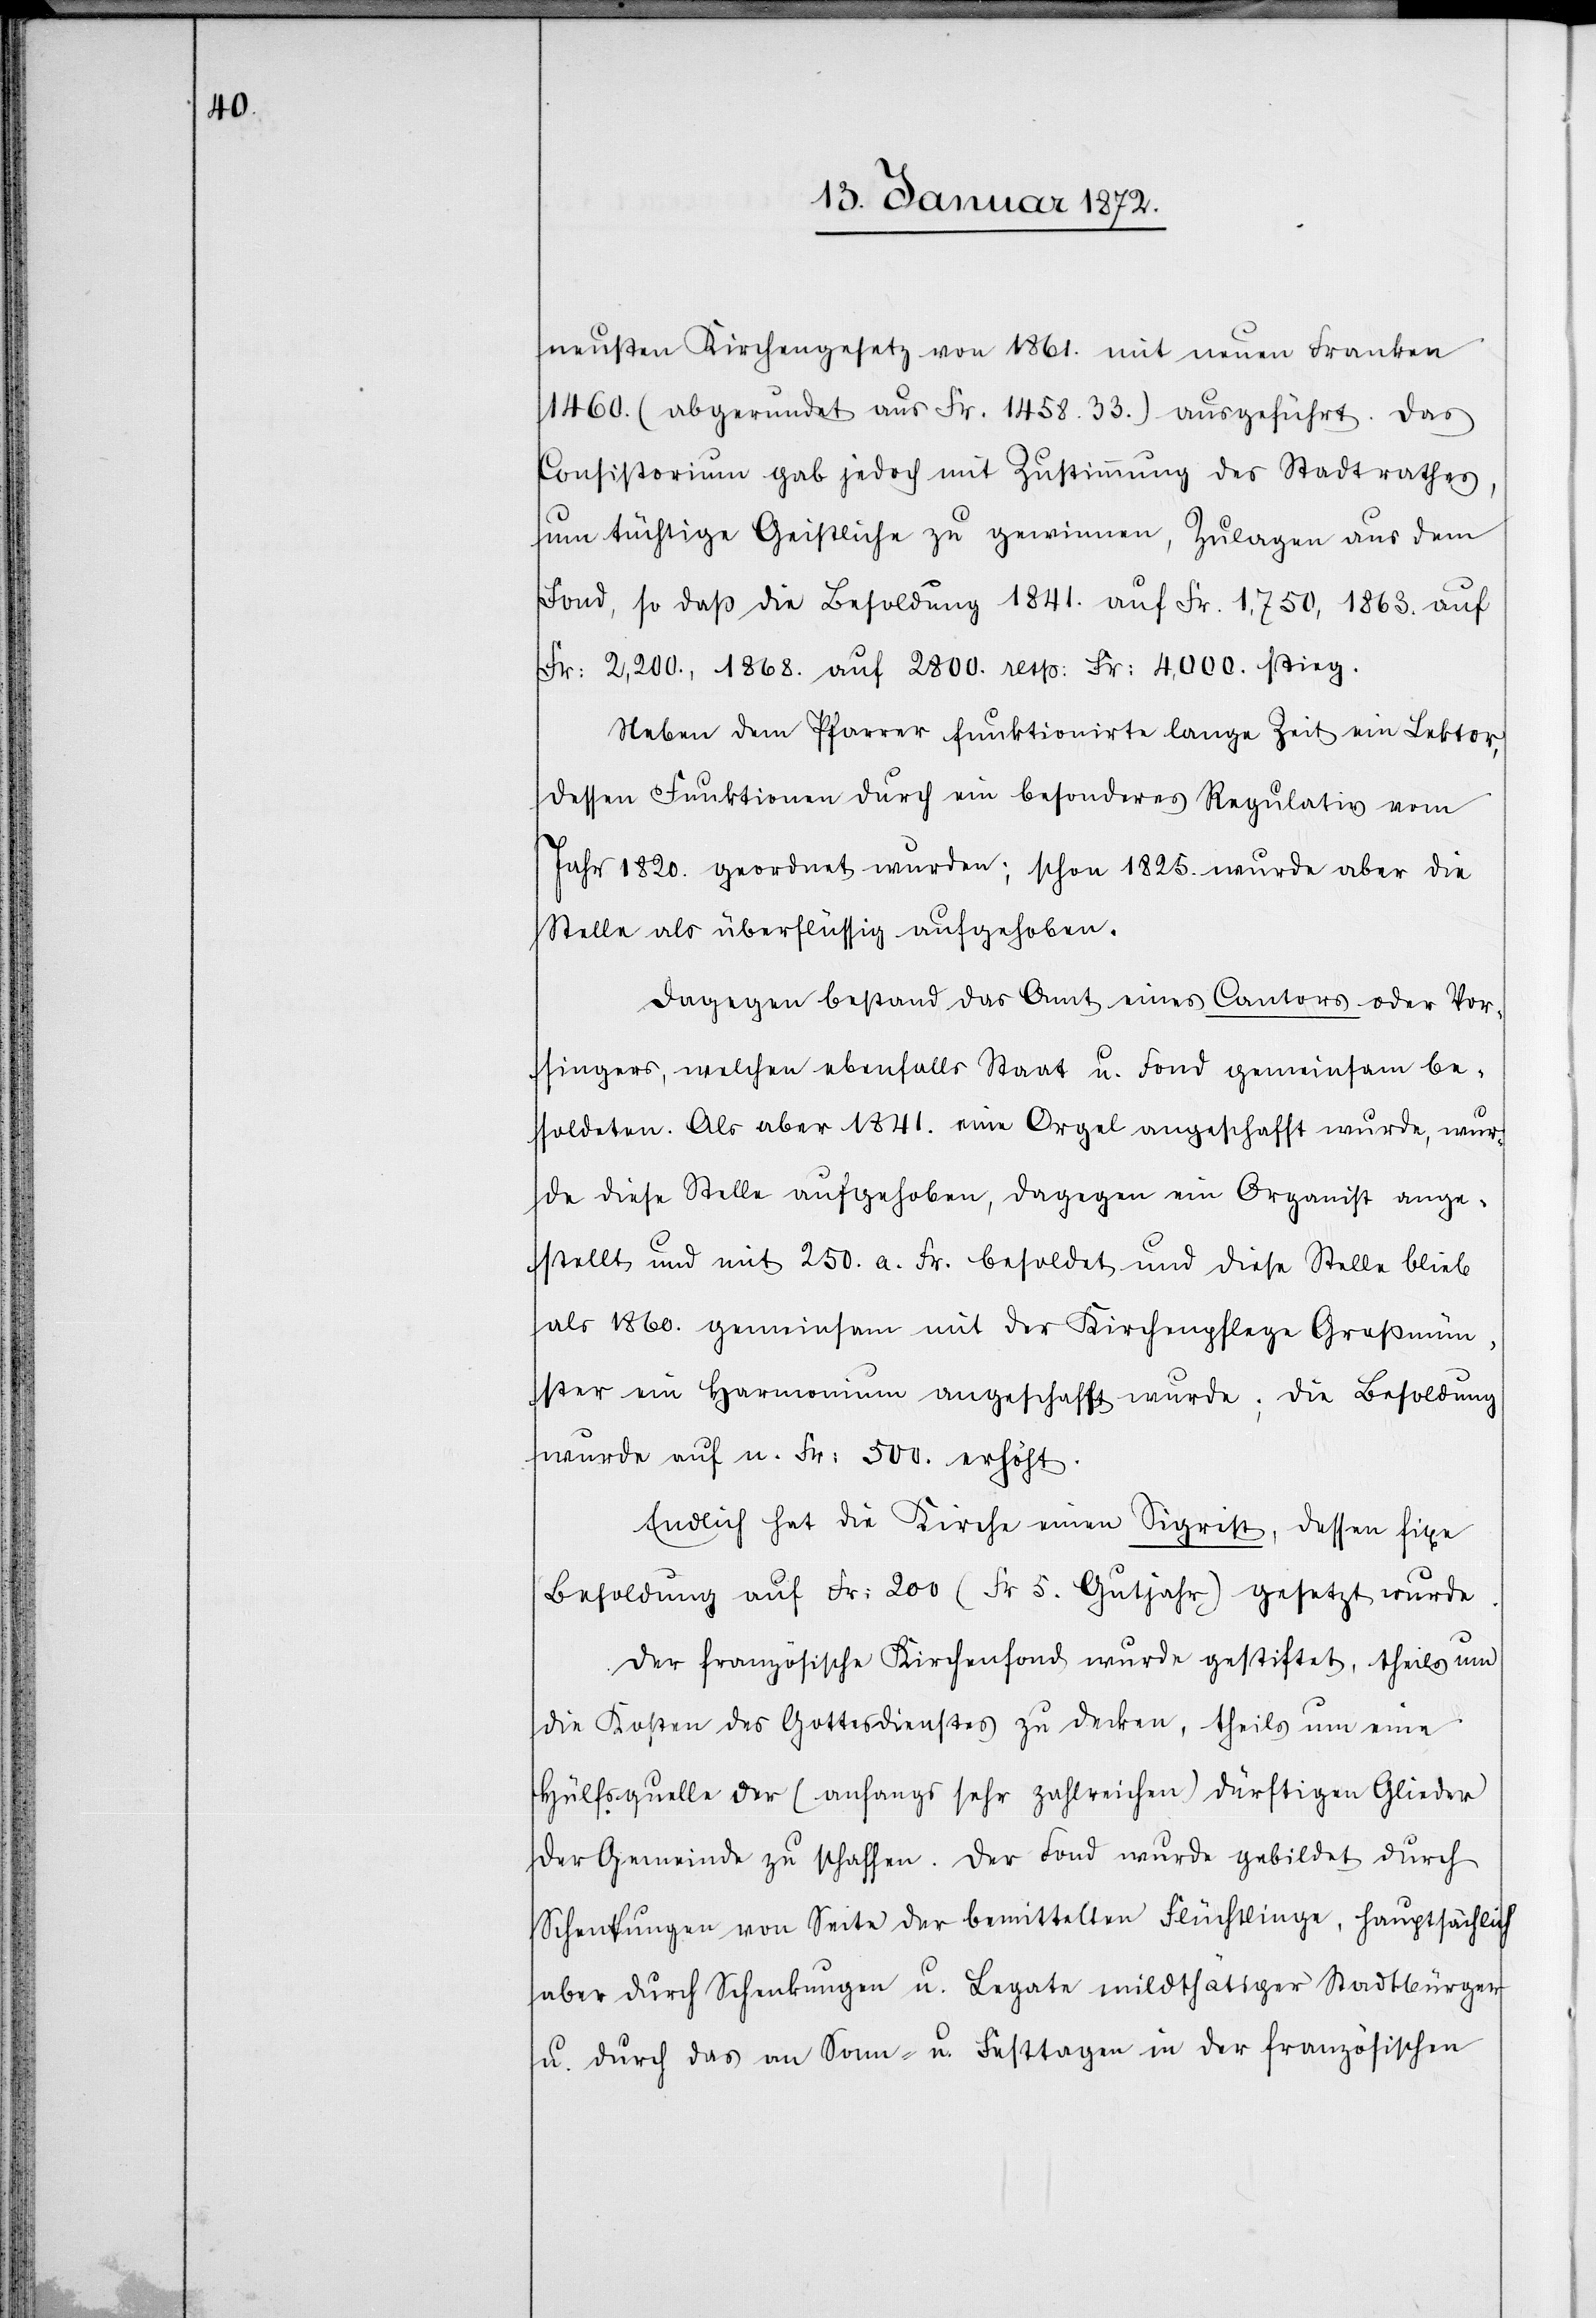
neusten Kirchegesetz von 1861. mit neuen Franken
1460. (abgerundet aus Fr. 1458.33.) ausgeführt. Das
Consistorium gab jedoch mit Zustimmung des Stadtrathes,
um tüchtige Geistliche zu gewinnen, Zulagen aus dem
Fond, so daß die Besoldung 1841. auf Fr. 1,750, 1863. auf
Fr: 2,200., 1868. auf 2800. resp. Fr: 4000. stieg.
Neben dem Pfarrer funktionierte lange Zeit ein Lektor,
dessen Funktionen durch ein besonderes Regulativ vom
Jahr 1820. geordnet wurden; schon 1825. wurde aber die
Stelle als überflüssig aufgehoben.
Dagegen bestand das Amt eines Cantors oder Vor¬
singers, welchen ebenfalls Staat u. Fond gemeinsam be¬
soldeten. Als aber 1841. eine Orgel angeschafft wurde, wur¬
de diese Stelle aufgehoben, dagegen ein Organist ange¬
stellt und mit 250. a. Fr. besoldet und diese Stelle blieb
als 1860. gemeinsam mit der Kirchenpflege Großmün¬
ster ein Harmonium angeschafft wurde; die Besoldung
wurde auf n. Fr. 500. erhöht.
Endlich hat die Kirche einen Sigrist, dessen fixe
Besoldung auf Fr: 200 (Fr 5. Gutjahr) gesetzt wurde.
Der französische Kirchenfond wurde gestiftet, theils um
die Kosten des Gottesdienstes zu decken, theils um eine
Hülfsquelle der (anfangs sehr zahlreichen) dürftigen Glieder
der Gemeinde zu schaffen. Der Fond wurde gebildet durch
Schenkungen von Seite der bemittelten Flüchtlinge, hauptsächlich
aber durch Schenkungen u. Legate mildthätiger Stadtbürger
u. durch das an Sonn- u. Festtagen in der französischen